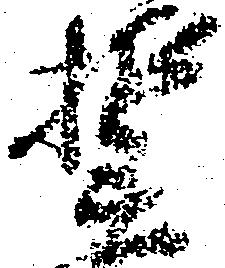
誓